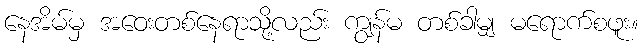
နေအိမ်မှ အဝေးတစ်နေရာသို့လည်း ကျွန်မ တစ်ခါမျှ မရောက်စဖူး။